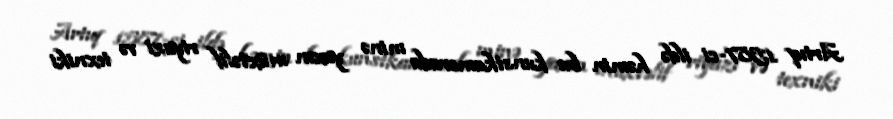
Artıq 1587-ci ildə həmin bu kunstkamerada minə yaxın müxtəlif riyazi və texniki